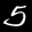
Label: 5